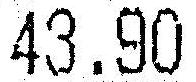
43.90